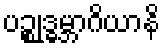
ပဉ္စုဒ္ဓမ္ဘာဂိယာနိ